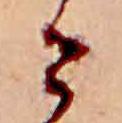
せ